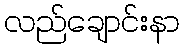
လည်ချောင်းနာ